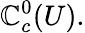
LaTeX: \mathbb{C}_{c}^{0}(U).